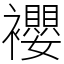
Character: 䙬